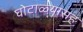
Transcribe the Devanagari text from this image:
घोटाळ्यासह